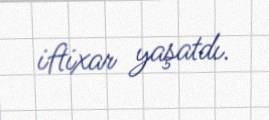
iftixar yaşatdı.